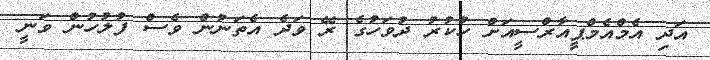
އަދި އެމްއެމްޕީއާރްސީއަށް ހުކުރު ދުވަހުގެ ރޭ ވަދެ އެތަނުން ވެސް ފުލުހުން ވަނީ